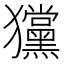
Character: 𤣞